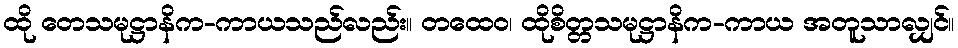
ထို တေသမုဋ္ဌာနိက-ကာယသည်လည်း။ တထေဝ၊ ထိုစိတ္တသမုဋ္ဌာနိက-ကာယ အတူသာလျှင်။